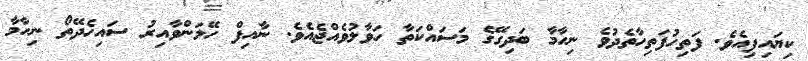
ކިޔައިފިއެވެ. ފަތިހުފަތިހާތެދުވެ ނިހާމާ ބަދިގޭގެ މަސައްކަތާ ހަވާލުވެއްޖެއެވެ. ނާއިފް ހޭލަންވާއިރު ސައިހެދޭތޯ ނިހާމާ